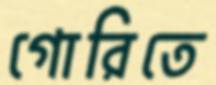
গোরিতে